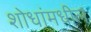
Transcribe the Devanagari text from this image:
शोधांमधील